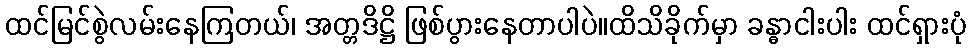
ထင်မြင်စွဲလမ်းနေကြတယ်၊ အတ္တဒိဋ္ဌိ ဖြစ်ပွားနေတာပါပဲ။ထိသိခိုက်မှာ ခန္ဓာငါးပါး ထင်ရှားပုံ